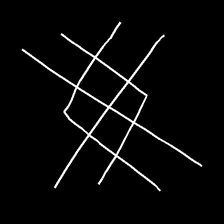
Glyph: crystal